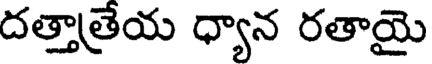
దత్తాత్రేయ ధ్యాన రతాయై